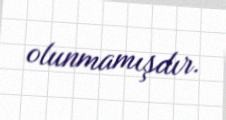
olunmamışdır.